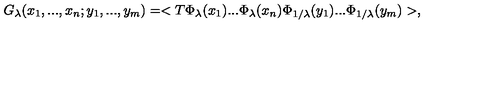
G _ { \lambda } ( x _ { 1 } , . . . , x _ { n } ; y _ { 1 } , . . . , y _ { m } ) = < T \Phi _ { \lambda } ( x _ { 1 } ) . . . \Phi _ { \lambda } ( x _ { n } ) \Phi _ { 1 / \lambda } ( y _ { 1 } ) . . . \Phi _ { 1 / \lambda } ( y _ { m } ) > ,